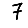
Digit: 7